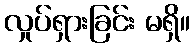
လှုပ်ရှားခြင်း မရှိ။